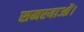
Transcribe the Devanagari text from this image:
समस्याओं।